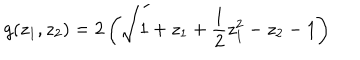
g ( z _ { 1 } , z _ { 2 } ) = 2 \left( \sqrt { 1 + z _ { 1 } + { \frac { 1 } { 2 } } z _ { 1 } ^ { 2 } - z _ { 2 } } - 1 \right)